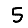
Digit: 5